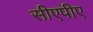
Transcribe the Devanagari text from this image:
सीएपीए